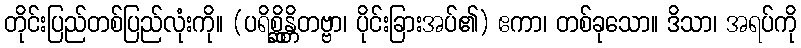
တိုင်းပြည်တစ်ပြည်လုံးကို။ (ပရိစ္ဆိန္တိတဗ္ဗာ၊ ပိုင်းခြားအပ်၏) ဧကာ၊ တစ်ခုသော။ ဒိသာ၊ အရပ်ကို